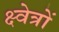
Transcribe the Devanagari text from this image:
क्ष्वेत्रों